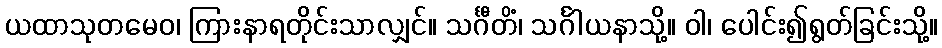
ယထာသုတမေဝ၊ ကြားနာရတိုင်းသာလျှင်။ သင်္ဂီတိံ၊ သင်္ဂါယနာသို့။ ဝါ၊ ပေါင်း၍ရွတ်ခြင်းသို့။